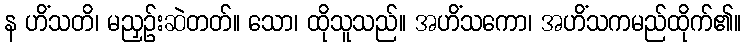
န ဟိံသတိ၊ မညှဉ်းဆဲတတ်။ သော၊ ထိုသူသည်။ အဟိံသကော၊ အဟိံသကမည်ထိုက်၏။